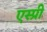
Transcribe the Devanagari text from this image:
एस्प्री